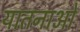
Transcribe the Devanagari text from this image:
यातनाओ